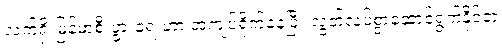
လက်ရှိ မြန်မာ့စီးပွားရေးဟာ အကျပ်ရိုက်နေပြီး လွတ်လပ်စွာဆောင်ရွက်နိုင်တဲ့